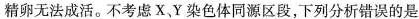
精卵无法成活。不考虑X，Y染色体同源区段，下列分析错误的是